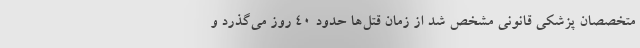
متخصصان پزشکی قانونی مشخص شد از زمان قتل‌ها حدود ۴۰ روز می‌گذرد و